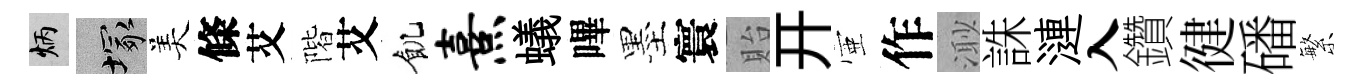
炳塚美條艾階艾飢熹蟻嗶墨寰貽开壺作𣺌誅漣入鑽徤磻繁